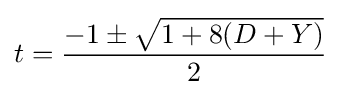
t={\frac {-1\pm {\sqrt {1+8(D+Y)}}}{2}}